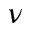
\nu